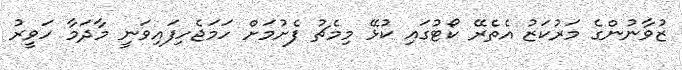
ޒުވާނުންގެ މަރުކަޒު އެތެރޭ ކޯޓުގައި ކުޅޭ މިމެޗު ފެށުމަށް ހަމަޖެހިފައިވަނީ މާދަމާ ހަވީރު